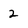
Character: 2